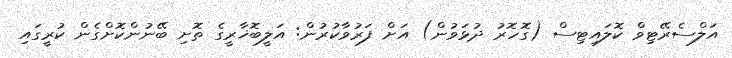
އަލްސެރޭޓިވް ކޮލައިޓިސް (ގޮހޮރު ދުޅަވުން) އަށް ފަރުވާކުރުން: އަލީބޮޚާރީގެ ތޮށި ބޭނުންކޮށްގެން ކުރީގައި